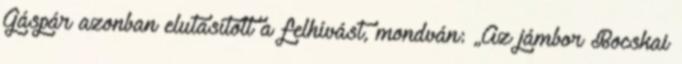
Gáspár azonban elutasított a felhívást, mondván: „Az jámbor Bocskai